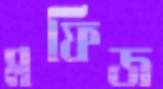
মফিজ